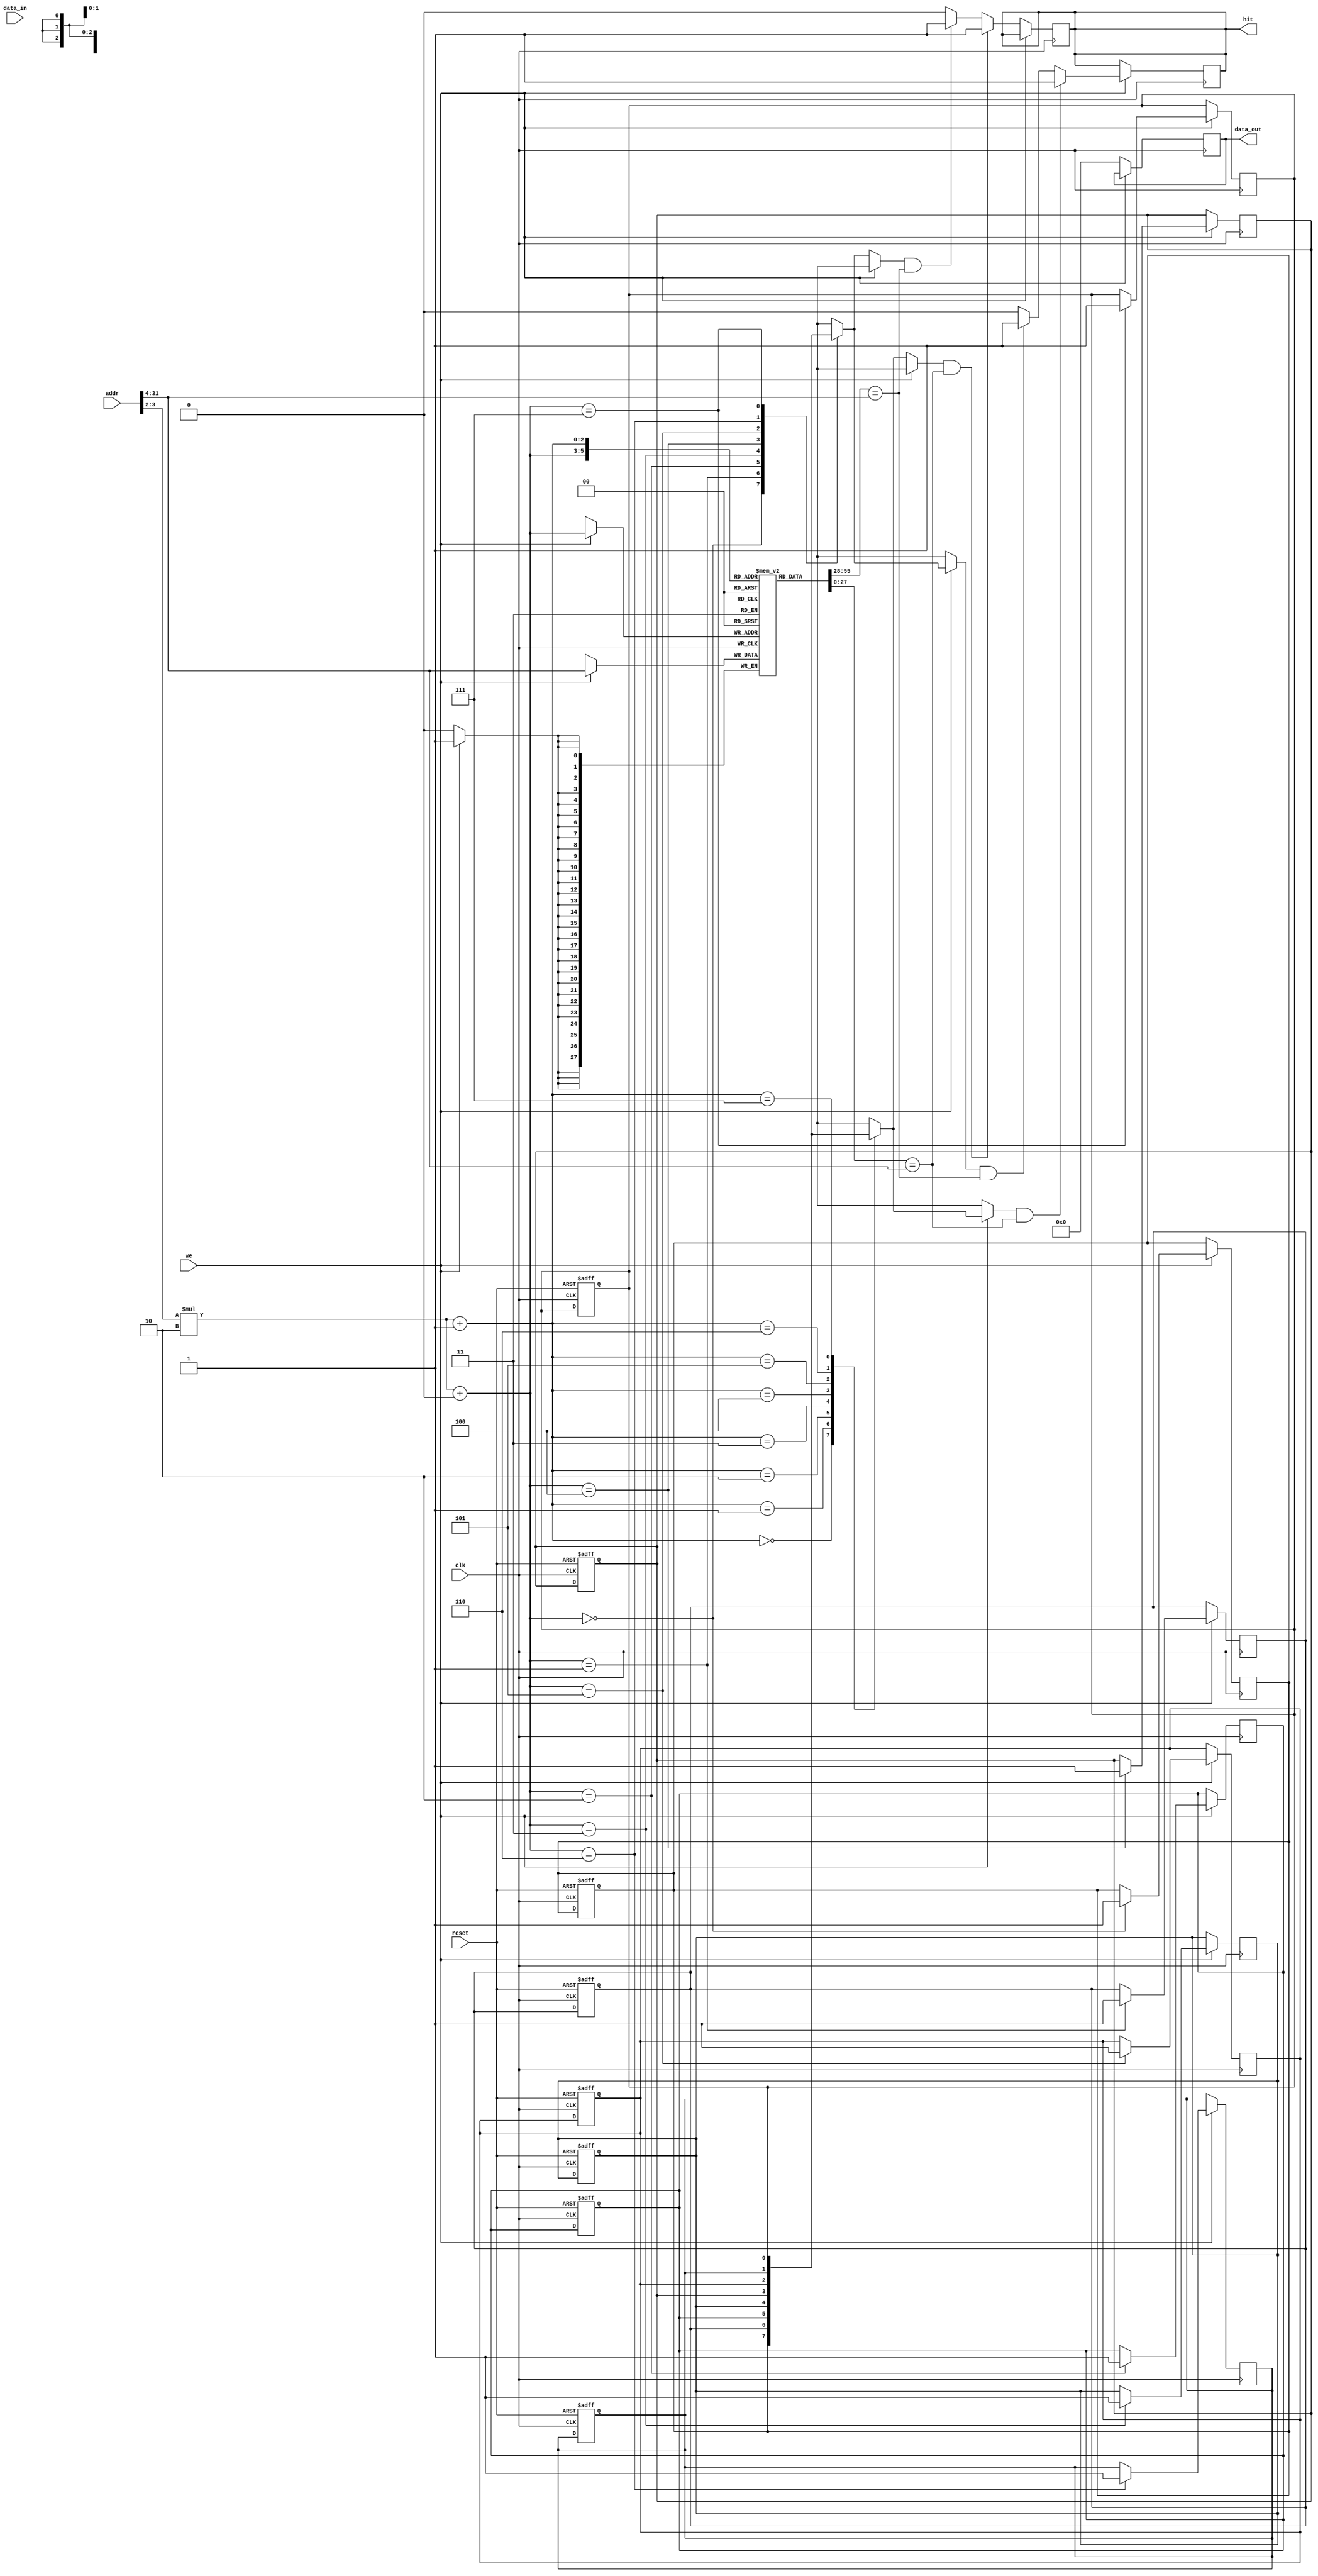
module set_associative_cache #(
    parameter LINE_SIZE = 4,     // Cache line size in bytes
    parameter NUM_SETS = 4,      // Number of sets in the cache
    parameter ASSOC = 2           // Associativity (number of lines per set)
)(
    input wire clk,
    input wire reset,
    input wire [31:0] addr,      // 32-bit address
    input wire [31:0] data_in,   // Data input for write operations
    input wire we,                // Write enable
    output reg [31:0] data_out,   // Data output for read operations
    output reg hit                // Hit/miss signal
);

    // Calculate the number of bits required for indexing and offset
    localparam INDEX_BITS = $clog2(NUM_SETS);
    localparam OFFSET_BITS = $clog2(LINE_SIZE);
    localparam TAG_BITS = 32 - INDEX_BITS - OFFSET_BITS;

    // Cache structures
    reg [TAG_BITS-1:0] tag_array[NUM_SETS-1:0][ASSOC-1:0]; // Tag array
    reg [LINE_SIZE-1:0] data_array[NUM_SETS-1:0][ASSOC-1:0]; // Data array
    reg valid_bits[NUM_SETS-1:0][ASSOC-1:0];               // Valid bits
    reg dirty_bits[NUM_SETS-1:0][ASSOC-1:0];               // Dirty bits

    // Cache access signals
    wire [INDEX_BITS-1:0] index = addr[INDEX_BITS+OFFSET_BITS-1:OFFSET_BITS];
    wire [OFFSET_BITS-1:0] offset = addr[OFFSET_BITS-1:0];
    wire [TAG_BITS-1:0] tag = addr[31:OFFSET_BITS + INDEX_BITS];

    integer i, j;

    // Cache Initialization
    always @(posedge clk or posedge reset) begin
        if (reset) begin
            for (i = 0; i < NUM_SETS; i = i + 1) begin
                for (j = 0; j < ASSOC; j = j + 1) begin
                    valid_bits[i][j] <= 1'b0;
                    dirty_bits[i][j] <= 1'b0;
                end
            end
        end
    end

    // Read Operation
    always @(posedge clk) begin
        if (!we) begin // Read operation
            hit = 1'b0;
            for (i = 0; i < ASSOC; i = i + 1) begin
                if (valid_bits[index][i] && (tag_array[index][i] == tag)) begin
                    data_out <= data_array[index][i][offset * 8 +: 8]; // Read byte
                    hit <= 1'b1;
                end
            end
            if (!hit) begin
                // Handle cache miss (e.g., fetch from memory)
                data_out <= 32'b0; // Placeholder for miss handling
            end
        end
    end

    // Write Operation
    always @(posedge clk) begin
        if (we) begin // Write operation
            hit = 1'b0;
            for (i = 0; i < ASSOC; i = i + 1) begin
                if (valid_bits[index][i] && (tag_array[index][i] == tag)) begin
                    data_array[index][i][offset * 8 +: 8] <= data_in; // Write byte
                    dirty_bits[index][i] <= 1'b1; // Set dirty bit
                    hit <= 1'b1;
                end
            end
            if (!hit) begin
                // Handle cache miss and replacement policy
                // For simplicity, we just replace the first line
                tag_array[index][0] <= tag;
                data_array[index][0] <= data_in; // Write byte
                valid_bits[index][0] <= 1'b1; // Set valid bit
                dirty_bits[index][0] <= 1'b1; // Set dirty bit
            end
        end
    end

endmodule